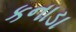
કનાડા